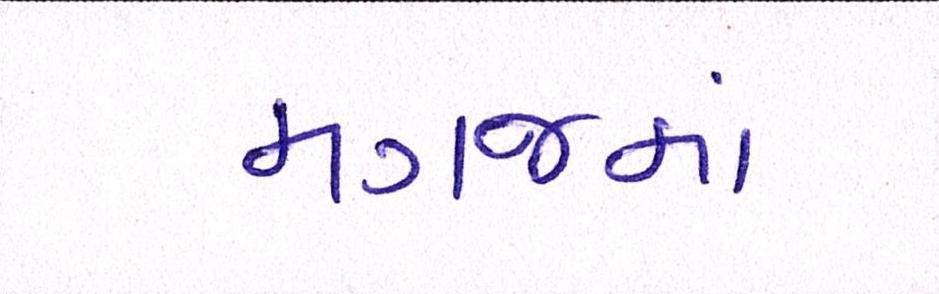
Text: મગજમાં